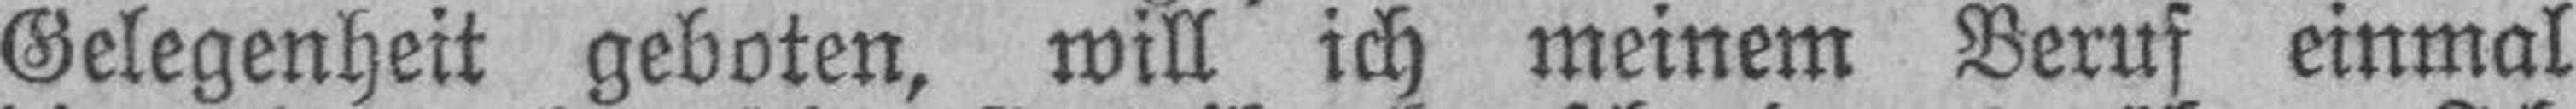
Gelegenheit geboten, will ich meinem Beruf einmal